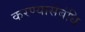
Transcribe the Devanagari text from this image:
करण्यासंबंधि